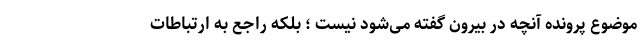
موضوع پرونده آنچه در بیرون گفته می‌شود نیست ؛ بلکه راجع به ارتباطات